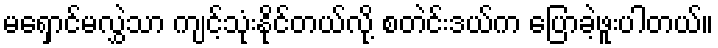
မရှောင်မလွှဲသာ ကျင့်သုံးနိုင်တယ်လို့ စတဲင်းဒယ်က ပြောခဲ့ဖူးပါတယ်။